Civil Veterinary Dept. Bombay admin report 1900-1906 - 1900-1906
Year: 1900
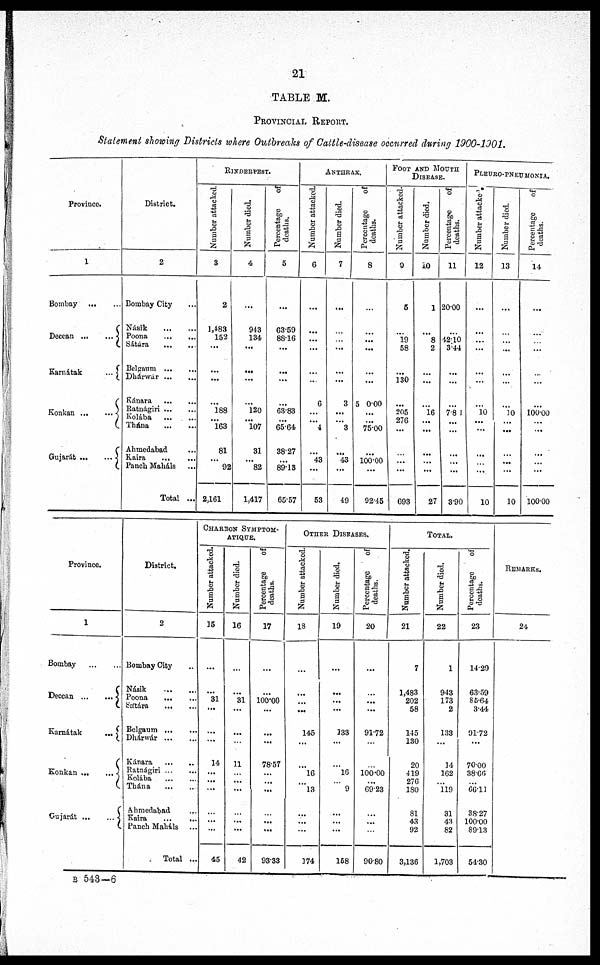
21
TABLE M.
PROVINCIAL REPORT.
Statement showing Districts where Outbreaks of Cattle-disease occurred during 1900-1901.
Province.
1
Bombay
Deccan
...
...
Karnátak
...
Konkan
...
...
Gujarát ...
...
District.
2
Bombay City
Násik
Poona ... ...
Sátára
Belgam ...
...
Dhárwar ... ...
Kánara
Ratnágiri
Kolába
Thána
...
Ahmedabad ...
Kaira
...
...
Panch Mahals ...
Total ...
RINDERPEST.
Number attacked.
3
2
1,483
152
...
...
...
... 188
...
163
81
...
92
2,161
Number died.
4
...
943
134
...
...
...
120
...
107
31
...
82
1,417
Percentage
of
deaths.
5
...
63.59
88.16
...
...
...
...
63.83
...
65.64
3827
...
89.15
65.57
ANTHRAX.
Number attacked.
6
...
...
...
...
...
...
6
...
...
4
...
43
...
53
Number died.
7
...
...
...
...
...
...
3
...
...
3
...
43
...
49
Percentage
of
deaths.
8
...
...
...
...
...
...
50.00
...
75.00
...
100.00
...
92.45
FOOT AND MOUTH
DISEASE.
Number attacked.
9
5
...
19
58
130 ...
...
205
276
...
...
...
...
693
Number died.
10
1
...
8
2
...
...
16
...
...
...
...
...
27
Percentage
of
deaths.
11
20.00
...
42.10
3.44
...
...
...
7.8 1
...
...
...
...
...
3.90
PLEURO-PNEUMONIA.
Number attackcd.
12
...
...
...
...
...
...
...
10
...
...
...
...
...
10
Number died.
13
...
...
...
...
...
...
...
10
...
...
...
...
...
10
Percentage
of
deaths.
14
...
...
...
...
...
...
...
100.00
...
...
...
...
...
100.00
Province.
1
Bombay
Deccan
...
...
Karnátak
...
Konkan
...
...
Gujarát
...
...
District.
2
Bombay City ...
Násik
...
...
Poona
...
....
Sátára ... ...
Belgaum
Dhárwár
Kánara
..
Ratnágiri
Kolába
Thána
Ahmedabad ...
Kaira
...
...
Panch Maháls ...
Total ...
CHARBON SYMPTOM-
ATIQUE.
Number attacked.
15
...
...
31
...
...
...
14
...
...
...
...
...
45
Number died.
16
...
...
31
...
...
...
11
...
...
...
...
...
...
42
Percentage
of
deaths.
17
...
...
100.00
...
...
...
78.57
...
...
...
...
...
...
93.33
OTHER DISEASES.
Number attacked.
18
...
...
...
...
145
...
...
16
...
13
...
...
...
174
Number died.
19
...
...
...
...
133
...
...
16
...
9
...
...
...
158
Percentage
of
deaths.
20
...
...
...
...
91.72
...
...
100.00
...
69.23
...
...
...
90.80
TOTAL.
Number attacked.
21
7
1,483
202
58
145
130
20
419
276
180
81
43
92
3,136
Number died.
22
1
943
173
2
133
...
14
162
... 119
31
43
82
1,703
Percentage
of
deaths.
23
14.29
63.59
86.64
344
91.72
...
70.00
38.66
... 66.11
38.27
100.00
89.13
54.30
REMARKS.
24
B 543—6